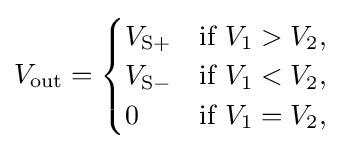
V_{\text{out}}={\begin{cases}V_{{\text{S}}+}&{\text{if }}V_{1}>V_{2},\\V_{{\text{S}}-}&{\text{if }}V_{1}<V_{2},\\0&{\text{if }}V_{1}=V_{2},\end{cases}}